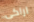
اراكى